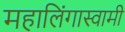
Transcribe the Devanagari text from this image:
महालिंगास्वामी